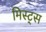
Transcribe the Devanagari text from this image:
मिस्ट्स